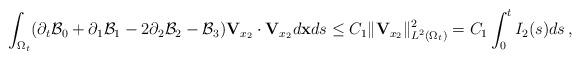
LaTeX: \begin{align*}\int_{\Omega_t}(\partial_t\mathcal B_0+\partial_1\mathcal B_1-2\partial_2\mathcal B_2-\mathcal B_3){\mathbf V}_{x_2}\cdot{\mathbf V}_{x_2}d{\bf x}ds\le C_1\Vert{\mathbf V}_{x_2}\Vert_{L^2(\Omega_t)}^2=C_1\int_0^t I_2(s)ds\,,\end{align*}